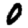
Digit: 0